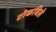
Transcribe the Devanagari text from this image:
टोकविले